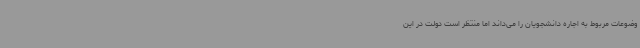
وضوعات مربوط به اجاره دانشجویان را می‌داند اما منتظر است دولت در این